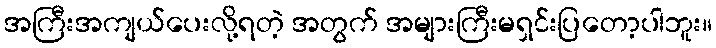
အကြီးအကျယ်ပေးလို့ရတဲ့ အတွက် အများကြီးမရှင်းပြတော့ပါဘူး။